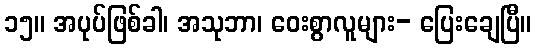
၁၅။ အပုပ်ဖြစ်ခါ၊ အသုဘာ၊ ဝေးစွာလူများ- ပြေးချေပြီ။